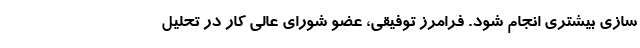
سازی بیشتری انجام شود. فرامرز توفیقی، عضو شورای عالی کار در تحلیل